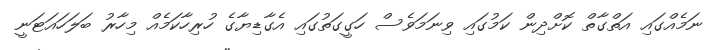
ނަމެއްގައި އަތްގާތް ކޮށްދިން ކަމުގައި ވިނަމަވެސް ހަގީގަތުގައި އެގާޑިޔާގެ ހުރިހާކަމެއް މިހާރު ބަލަހައަޓަނީ